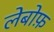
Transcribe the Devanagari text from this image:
लेबोफ़